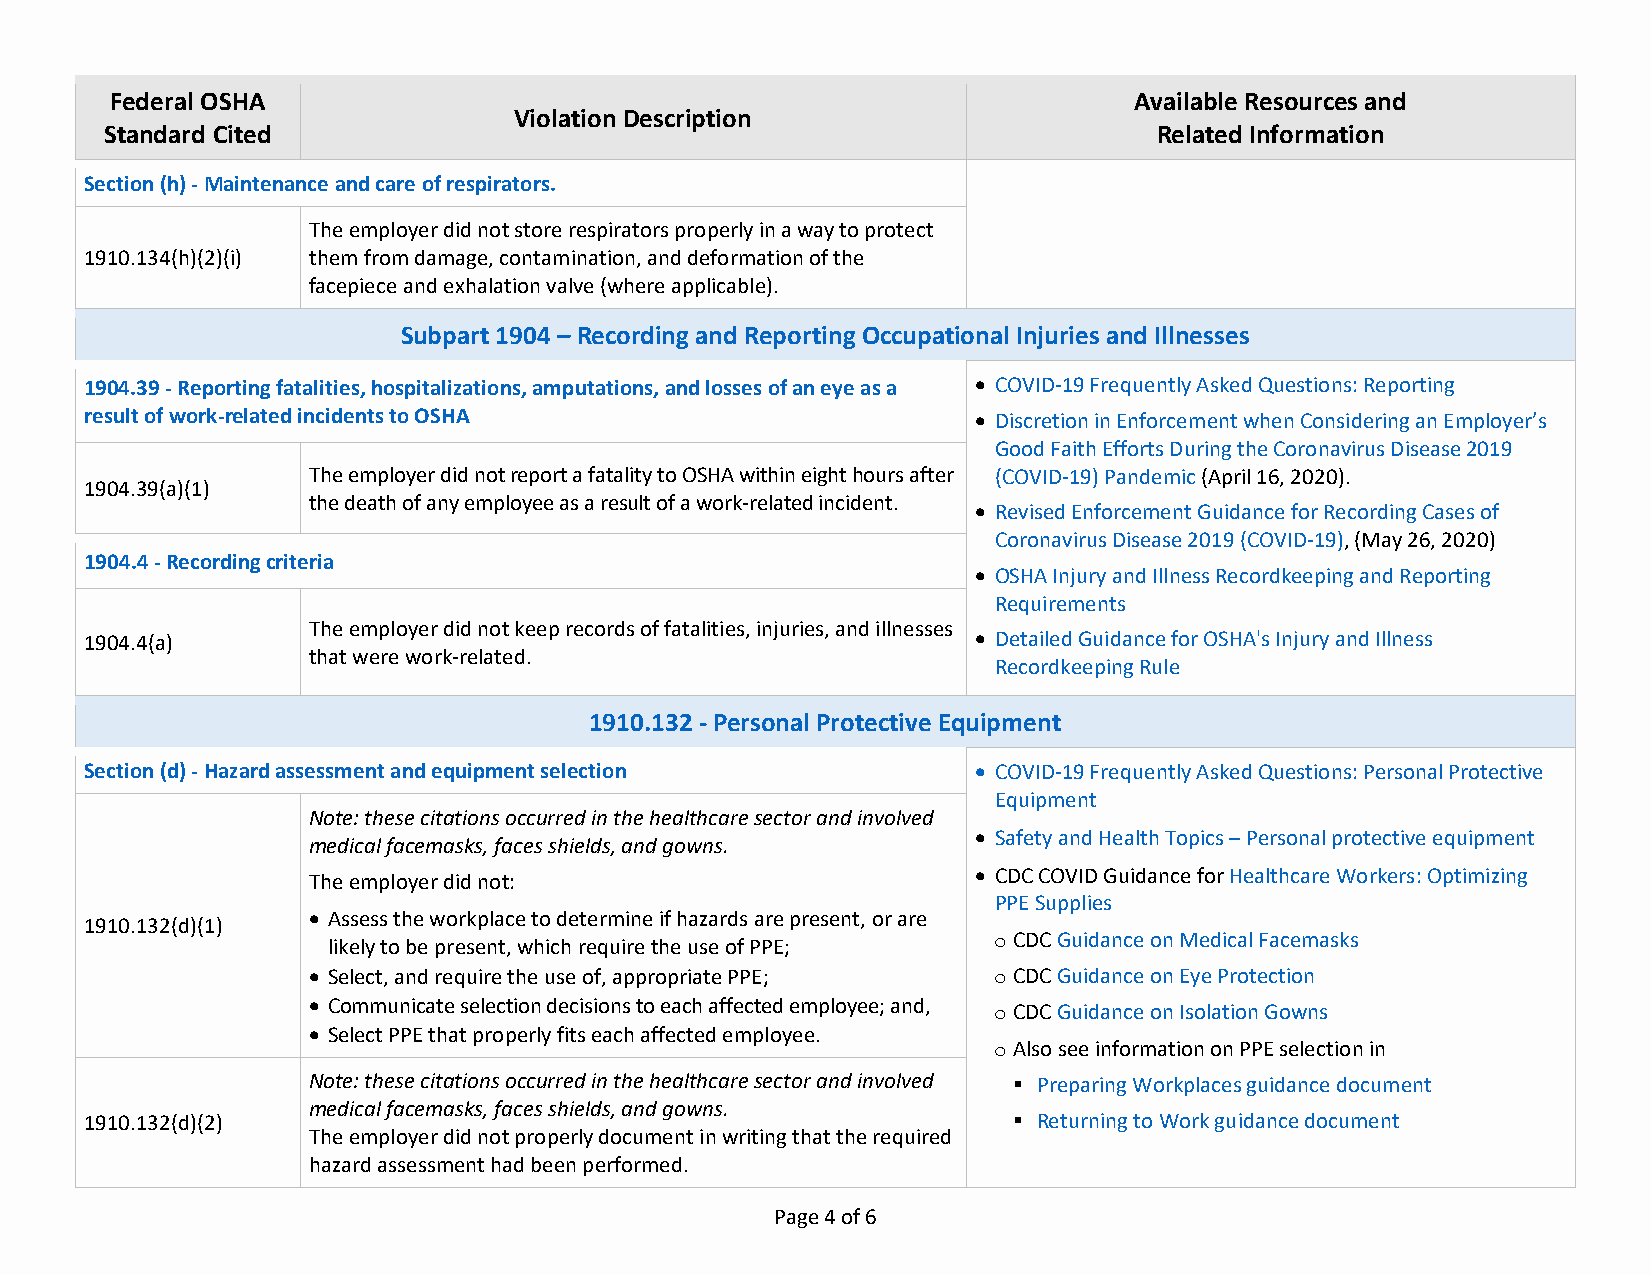
Federal OSHA                                                        Available Resources and
 Violation Description
 Standard Cited                                                        Related Information
 Section (h) - Maintenance and care of respirators.
 The employer did not store respirators properly in a way to protect
 1910.134(h)(2)(i) them from damage, contamination, and deformation of the
 facepiece and exhalation valve (where applicable).
 Subpart 1904 – Recording and Reporting Occupational Injuries and Illnesses
 1904.39 - Reporting fatalities, hospitalizations, amputations, and losses of an eye as a • COVID-19 Frequently Asked Questions: Reporting
 result of work-related incidents to OSHA                   • Discretion in Enforcement when Considering an Employer’s
 Good Faith Efforts During the Coronavirus Disease 2019
 The employer did not report a fatality to OSHA within eight hours after (COVID-19) Pandemic (April 16, 2020).
 1904.39(a)(1)
 the death of any employee as a result of a work-related incident.
 • Revised Enforcement Guidance for Recording Cases of
 Coronavirus Disease 2019 (COVID-19), (May 26, 2020)
 1904.4 - Recording criteria
 • OSHA Injury and Illness Recordkeeping and Reporting
 Requirements
 The employer did not keep records of fatalities, injuries, and illnesses
 1904.4(a)                                                  • Detailed Guidance for OSHA's Injury and Illness
 that were work-related.
 Recordkeeping Rule
 1910.132 - Personal Protective Equipment
 Section (d) - Hazard assessment and equipment selection    • COVID-19 Frequently Asked Questions: Personal Protective
 Equipment
 Note: these citations occurred in the healthcare sector and involved
 • Safety and Health Topics – Personal protective equipment
 medical facemasks, faces shields, and gowns.
 The employer did not:                        • CDC COVID Guidance for Healthcare Workers: Optimizing
 PPE Supplies
 • Assess the workplace to determine if hazards are present, or are
 1910.132(d)(1)
 likely to be present, which require the use of PPE; o
 CDC Guidance on Medical Facemasks
 • Select, and require the use of, appropriate PPE; CDC Guidance on Eye Protection
 o
 • Communicate selection decisions to each affected employee; and,
 CDC Guidance on Isolation Gowns
 o
 • Select PPE that properly fits each affected employee.
 Also see information on PPE selection in
 o
 Note: these citations occurred in the healthcare sector and involved  Preparing Workplaces guidance document
 medical facemasks, faces shields, and gowns.
 1910.132(d)(2)                                                Returning to Work guidance document
 The employer did not properly document in writing that the required
 hazard assessment had been performed.
 Page 4 of 6